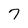
Character: 7